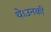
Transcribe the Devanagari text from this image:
थे।उनकी